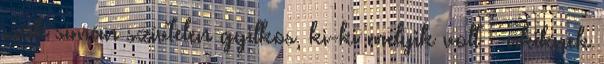
csak simán szívtelen gyilkos, ki-ki melyik volt – akiknek